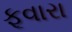
ફૂવારા